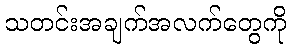
သတင်းအချက်အလက်တွေကို